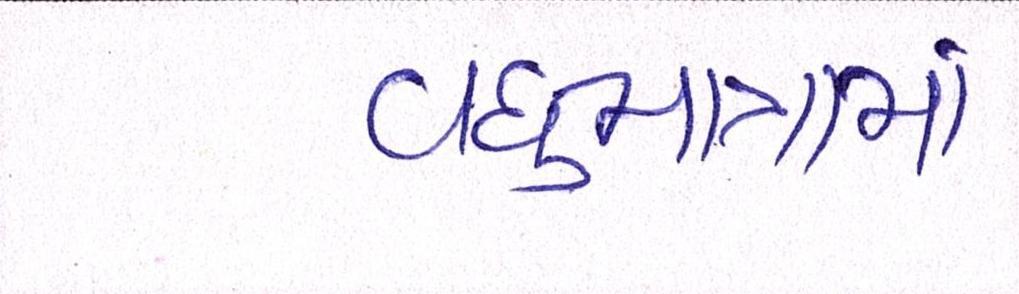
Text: વધુમાત્રામાં